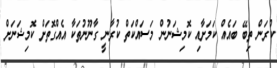
ކުރަން ތިބޭ ބައެއް ކަމަށާއި ކޮމިޝަނުން މަސައްކަތް ކުރާނީ ގާނޫނުތަކާ އެއްގޮތަށް ކޮމިޝަނަށް